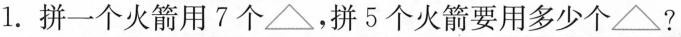
1.拼一个火箭用7个\triangle ，拼5个火箭要用多少个\triangle ?